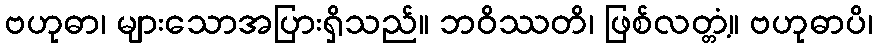
ဗဟုဓာ၊ များသောအပြားရှိသည်။ ဘဝိဿတိ၊ ဖြစ်လတ္တံ့။ ဗဟုဓာပိ၊